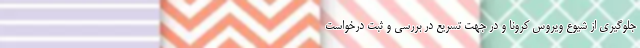
جلوگیری از شیوع ویروس کرونا و در جهت تسریع در بررسی و ثبت درخواست